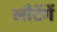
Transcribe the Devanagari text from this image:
लौटेंगें